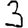
Digit: 3